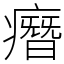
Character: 㿊